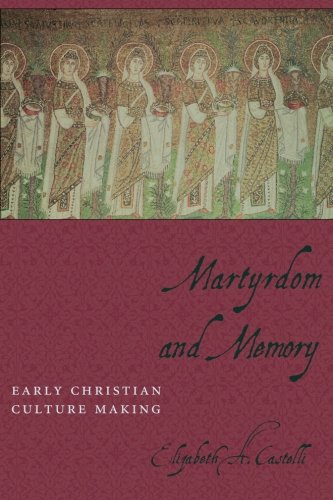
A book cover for Martyrdom and Memory: Early Christian Culture Making (Gender, Theory, and Religion); Elizabeth Castelli; Religion & Spirituality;